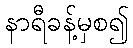
နာရီခန့်မှစ၍